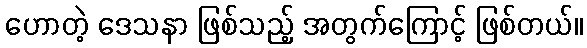
ဟောတဲ့ ဒေသနာ ဖြစ်သည့် အတွက်ကြောင့် ဖြစ်တယ်။